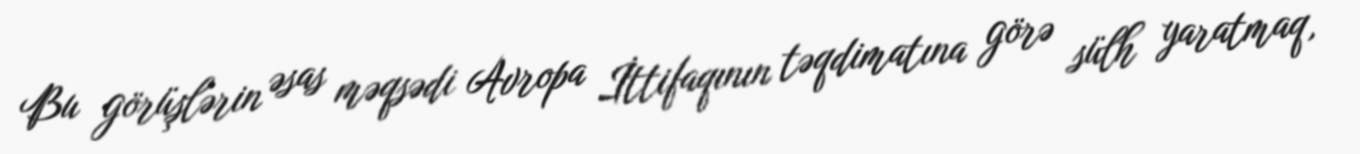
Bu görüşlərin əsas məqsədi Avropa İttifaqının təqdimatına görə sülh yaratmaq,